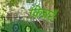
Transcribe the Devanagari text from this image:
किन्नरैः